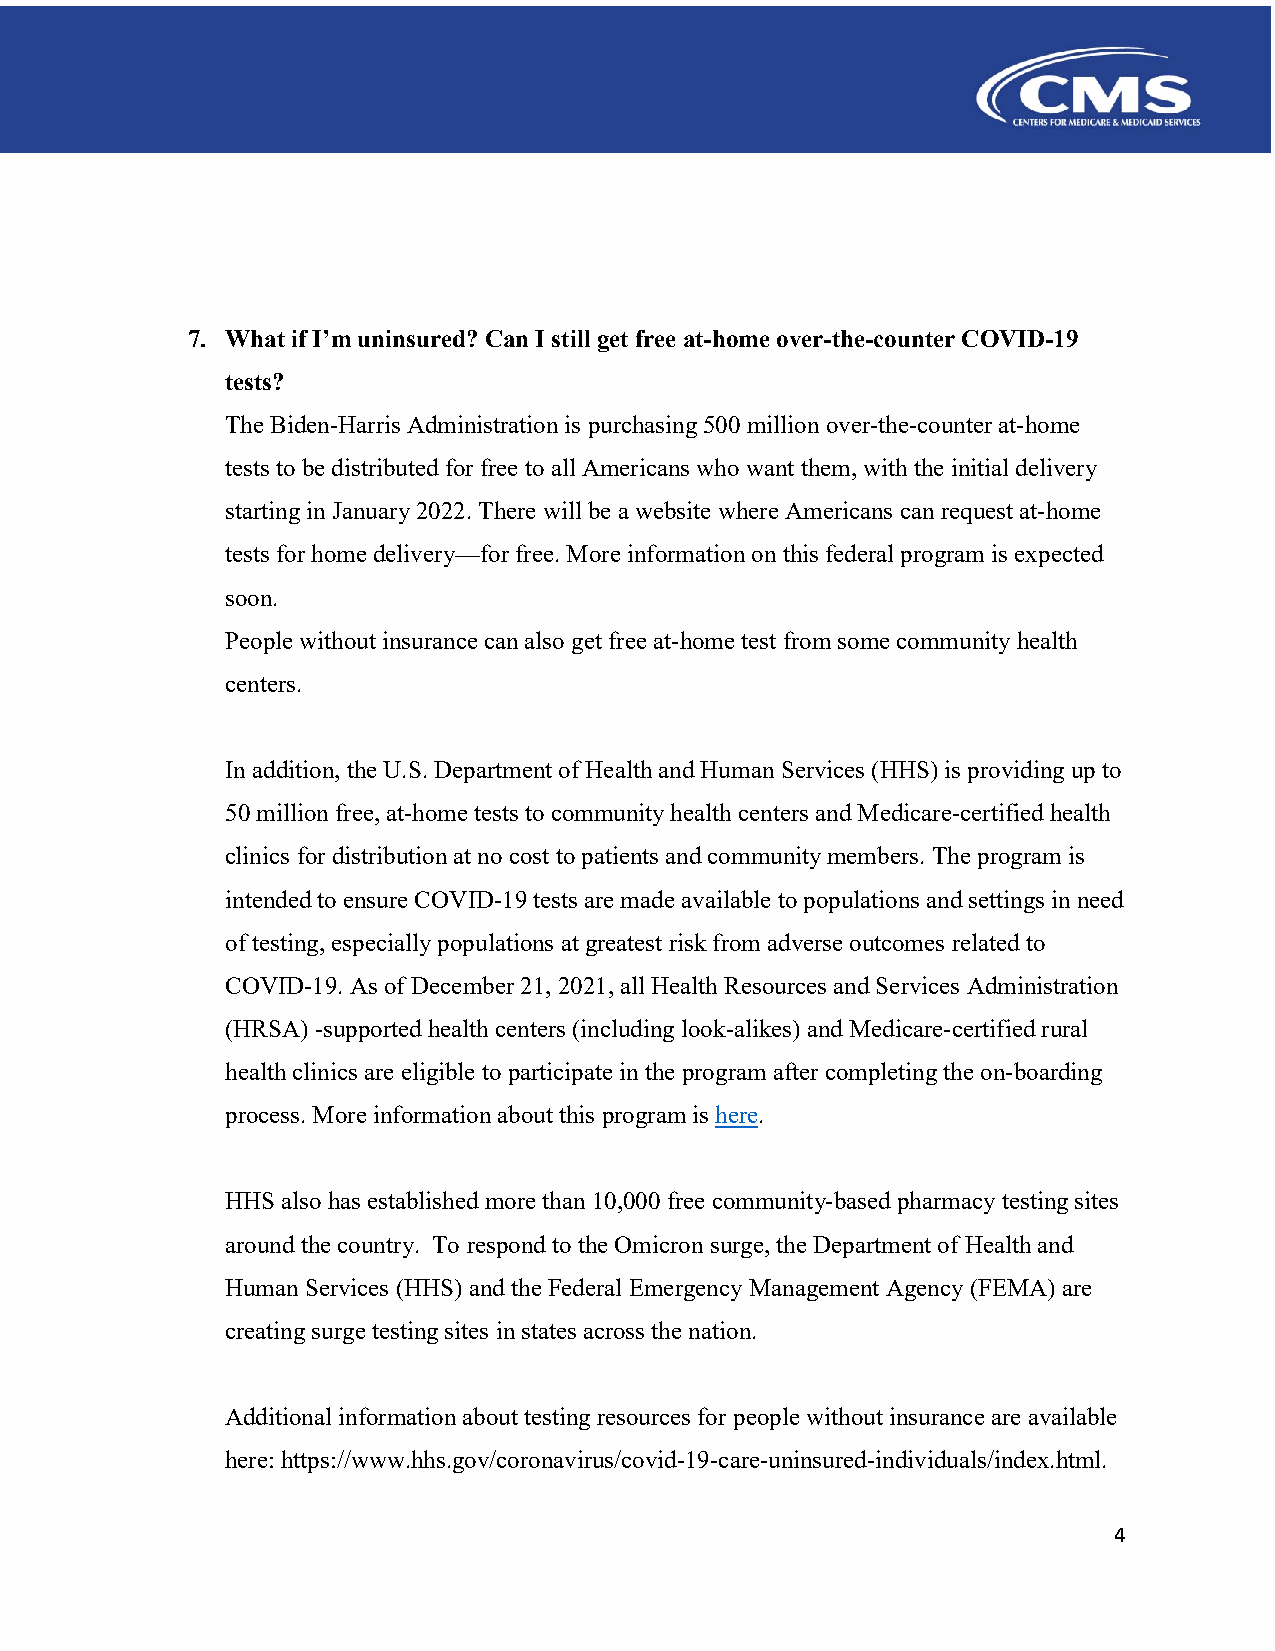
7. What if I’m uninsured? Can I still get free at-home over-the-counter COVID-19
 tests?
 The Biden-Harris Administration is purchasing 500 million over-the-counter at-home
 tests to be distributed for free to all Americans who want them, with the initial delivery
 starting in January 2022. There will be a website where Americans can request at-home
 tests for home delivery—for free. More information on this federal program is expected
 soon.
 People without insurance can also get free at-home test from some community health
 centers.
 In addition, the U.S. Department of Health and Human Services (HHS) is providing up to
 50 million free, at-home tests to community health centers and Medicare-certified health
 clinics for distribution at no cost to patients and community members. The program is
 intended to ensure COVID-19 tests are made available to populations and settings in need
 of testing, especially populations at greatest risk from adverse outcomes related to
 COVID-19. As of December 21, 2021, all Health Resources and Services Administration
 (HRSA) -supported health centers (including look-alikes) and Medicare-certified rural
 health clinics are eligible to participate in the program after completing the on-boarding
 process. More information about this program is here.
 HHS also has established more than 10,000 free community-based pharmacy testing sites
 around the country. To respond to the Omicron surge, the Department of Health and
 Human Services (HHS) and the Federal Emergency Management Agency (FEMA) are
 creating surge testing sites in states across the nation.
 Additional information about testing resources for people without insurance are available
 here: https://www.hhs.gov/coronavirus/covid-19-care-uninsured-individuals/index.html.
 4